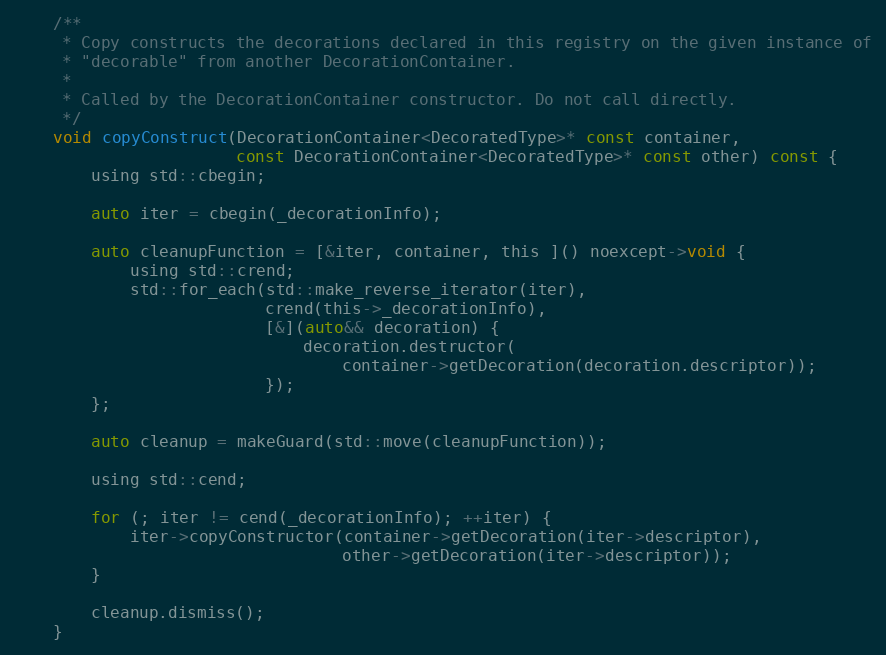
Language: C
    /**
     * Copy constructs the decorations declared in this registry on the given instance of
     * "decorable" from another DecorationContainer.
     *
     * Called by the DecorationContainer constructor. Do not call directly.
     */
    void copyConstruct(DecorationContainer<DecoratedType>* const container,
                       const DecorationContainer<DecoratedType>* const other) const {
        using std::cbegin;

        auto iter = cbegin(_decorationInfo);

        auto cleanupFunction = [&iter, container, this ]() noexcept->void {
            using std::crend;
            std::for_each(std::make_reverse_iterator(iter),
                          crend(this->_decorationInfo),
                          [&](auto&& decoration) {
                              decoration.destructor(
                                  container->getDecoration(decoration.descriptor));
                          });
        };

        auto cleanup = makeGuard(std::move(cleanupFunction));

        using std::cend;

        for (; iter != cend(_decorationInfo); ++iter) {
            iter->copyConstructor(container->getDecoration(iter->descriptor),
                                  other->getDecoration(iter->descriptor));
        }

        cleanup.dismiss();
    }